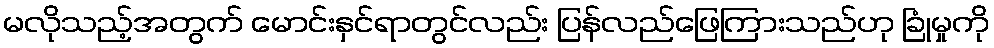
မလိုသည့်အတွက် မောင်းနှင်ရာတွင်လည်း ပြန်လည်ဖြေကြားသည်ဟု ခြုံမှုကို